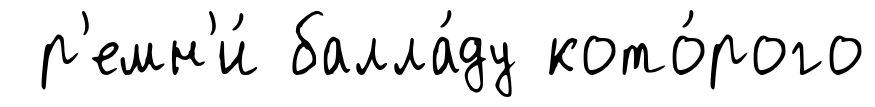
р'емн'и́ балла́ду кото́рого